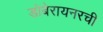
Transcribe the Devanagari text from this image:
डोबेरायनरची